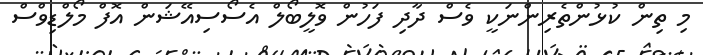
މި ތިން ކުޅުންތެރިންނަކީ ވެސް ދާދި ފަހުން ވޮލީބޯލް އެސޯސިއޭޝަން އޮފް މޯލްޑިވްސް